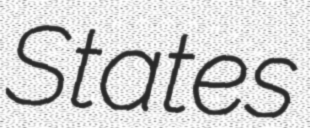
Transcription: States